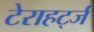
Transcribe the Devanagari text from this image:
टेराहर्ट्ज